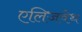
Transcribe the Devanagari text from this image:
एलिजवेथ